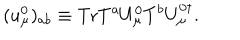
LaTeX: ( u _ { \mu } ^ { 0 } ) _ { { a b } } \equiv \mathrm { T r } T ^ { a } U _ { \mu } ^ { 0 } T ^ { b } U _ { \mu } ^ { 0 \dagger } .